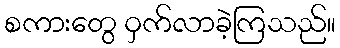
စကားတွေ ဝှက်လာခဲ့ကြသည်။